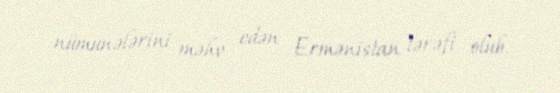
nümunələrini məhv edən Ermənistan tərəfi olub.